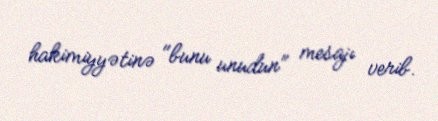
hakimiyyətinə "bunu unudun" mesajı verib.